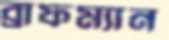
ব্রাফম্যান